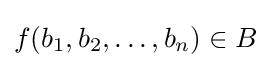
f(b_{1},b_{2},\dots ,b_{n})\in B